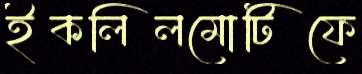
ইকলিলমোটিফে